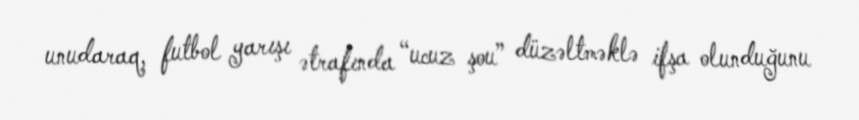
unudaraq, futbol yarışı ətrafında “ucuz şou” düzəltməklə ifşa olunduğunu